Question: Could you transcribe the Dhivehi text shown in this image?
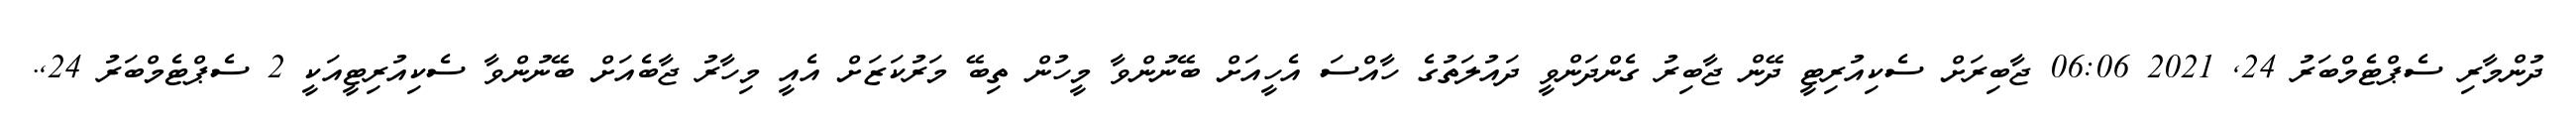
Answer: ދުންމާރި ސެޕްޓެމްބަރު 24, 2021 06:06 ޖާބިރަށް ސެކިއުރިޓީ ދޭން ޖާބިރު ގެންދަންވީ ދައުލަތުގެ ހާއްސަ އެހީއަށް ބޭނުންވާ މީހުން ތިބޭ މަރުކަޒަށް އެއީ މިހާރު ޖާބެއަށް ބޭނުންވާ ސެކިއުރިޓީއަކީ 2 ސެޕްޓެމްބަރު 24,.